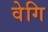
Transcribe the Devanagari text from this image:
वेगि